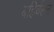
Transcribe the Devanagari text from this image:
बहिर्वलन